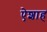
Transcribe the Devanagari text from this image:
ऐशाह